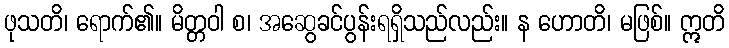
ဖုသတိ၊ ရောက်၏။ မိတ္တဝါ စ၊ အဆွေခင်ပွန်းရရှိသည်လည်း။ န ဟောတိ၊ မဖြစ်။ ဣတိ